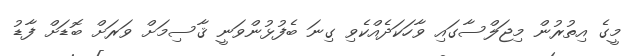
މީގެ އިތުރުން މިޖަލްސާގައި ވާހަކަދެއްކެވި ގިނަ ބެފުޅުންވަނީ ޤާސިމަށް ވަރަށް ބޮޑަށް ފާޑު